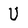
Character: U